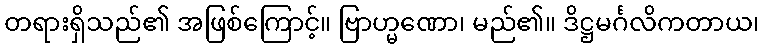
တရားရှိသည်၏ အဖြစ်ကြောင့်။ ဗြာဟ္မဏော၊ မည်၏။ ဒိဋ္ဌမင်္ဂလိကတာယ၊